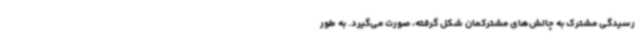
رسیدگی مشترک به چالش‌های مشترکمان شکل گرفته، صورت می‌گیرد. به طور